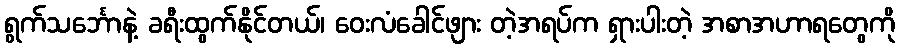
ရွက်သင်္ဘောနဲ့ ခရီးထွက်နိုင်တယ်၊ ဝေးလံခေါင်ဖျား တဲ့အရပ်က ရှားပါးတဲ့ အစာအဟာရတွေကို